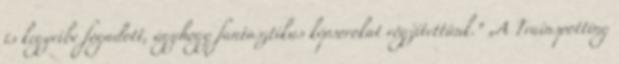
is kegyeibe fogadott, úgyhogy fantasztikus képsorokat rögzítettünk.” „A Trainspotting